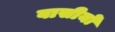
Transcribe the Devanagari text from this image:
वासीयों